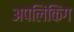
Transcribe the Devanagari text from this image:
अपलिंकिंग